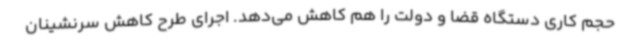
حجم کاری دستگاه قضا و دولت را هم کاهش می‌دهد. اجرای طرح کاهش سرنشینان